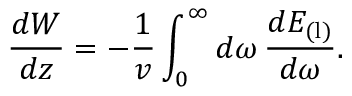
\frac { d W } { d z } = - \frac { 1 } { v } \int _ { 0 } ^ { \infty } d \omega \, \frac { d E _ { \mathrm { ( l ) } } } { d \omega } .